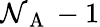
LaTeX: \mathcal{N}_{\mathrm{{~A~}}}-1